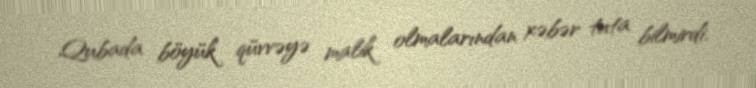
Qubada böyük qüvvəyə malik olmalarından xəbər tuta bilmirdi.